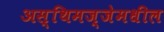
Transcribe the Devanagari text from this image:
अस्थिमज्जेमधील